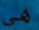
هي